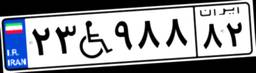
۶۶W۰۹۴۸۰